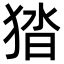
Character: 㹺